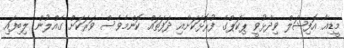
މީޑިއާ އޮފިޝަލް ވިދާޅުވީ ޕިކަޕްގެ ފުރޮޅަކަށާއި ދަފަތައް ކޮންމެވެސް ވަރަކަށް ގެއްލުން ލިބިފައި